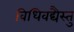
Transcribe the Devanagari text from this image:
विधिवद्यैस्तु